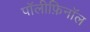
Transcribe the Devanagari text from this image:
पॉलीफ़िनॉल